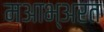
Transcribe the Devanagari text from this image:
मआभ्अरत